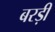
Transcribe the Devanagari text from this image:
बरड़ी